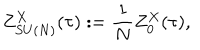
Z _ { S U ( N ) } ^ { X } ( \tau ) : = \frac { 1 } { N } Z _ { 0 } ^ { X } ( \tau ) ,